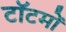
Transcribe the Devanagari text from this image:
टॉटमों